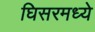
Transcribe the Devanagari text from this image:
घिसरमध्ये